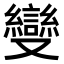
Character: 𠮓